Annual vaccination report of Bihar and Orissa - 1911-1928
Year: 1911
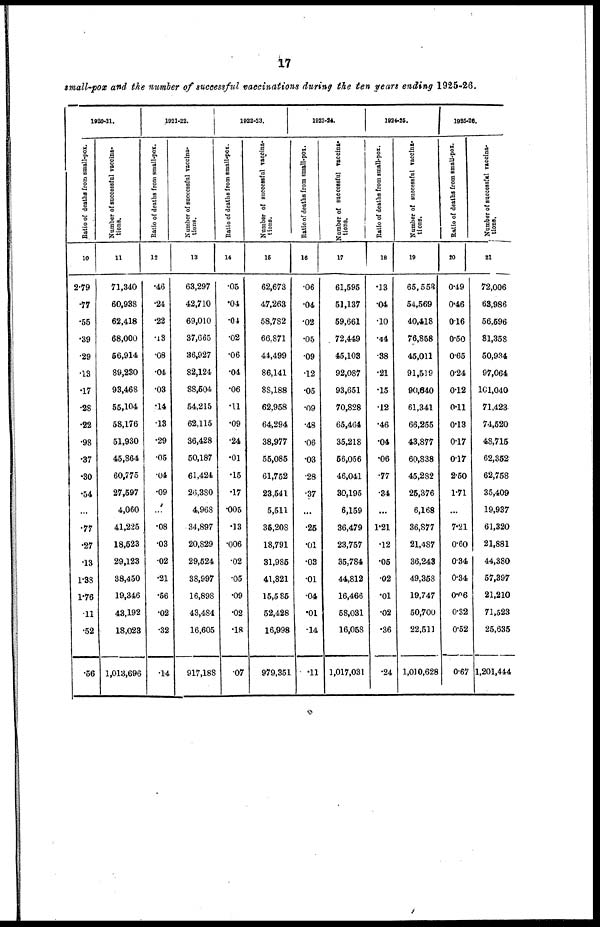
17
small-pox and the number of successful vaccinations during the ten years ending 1925-26.
1920-21.
Ratio of deaths from small-pox.
10
2.79
.77
.55
.39
.29
.13
.17
.28
.22
.98
.37
.30
.64
...
.77
.27
.13
1.38
1.76
.11
.52
.56
Number of successful vaccina-
tions.
11
71,340
60,938
62,418
68,000
56,914
89,230
93,468
55,104
58,176
51,930
45,864
60,775
27,597
4,060
41,225
18,523
29,123
38,450
19,346
43,192
18,023
1,013,696
1921-22.
Ratio of deaths from small-pox.
12
.46
.24
.22
.13
.08
.04
.03
.14
.13
.29
.05
.04
.09
...
.08
.03
.02
.21
.56
.02
.32
.14
Number of successful vaccina-
tions.
13
63,297
42,710
69,010
37,665
36,927
82,124
88,504
54,215
62,115
36,428
50,187
61,424
26,380
4,968
34,897
20,829
29,524
38,997
16,898
43,484
16,605
917,188
1922-23.
Ratio of deaths from small-pox.
14
.05
.04
.04
.02
.06
.04
.06
.11
.09
.24
.01
.15
.17
.005
.13
.006
.02
.05
.09
.02
.18
.07
Number of successful vaccina-
tions.
15
62,673
47,263
58,782
66,871
44,499
86,141
88,188
62,958
64,294
38,977
55,085
61,752
23,541
5,511
36,208
18,791
31,985
41,821
15,585
52,428
16,998
979,351
1923-24.
Ratio of deaths from small-pox.
16
.06
.04
.02
.05
.09
.12
.05
.09
.48
.06
.03
.28
.37
...
.25
.01
.03
.01
.04
.01
.14
.11
Number of successful vaccina-
tions.
17
61,595
51,137
59,661
72,449
45,103
92,087
93,651
70,828
65,464
35,218
56,056
46,041
30,195
6,159
36,479
23,757
35,784
44,812
16,466
58,031
16,058
1,017,031
1924-25.
Ratio of deaths from small-pox.
18
.13
.04
.10
.44
.38
.21
.15
.12
.46
.04
.06
.77
.34
...
1.21
.12
.05
.02
.01
.02
.36
.24
Number of successful vaccina-
tions.
19
65,553
54,569
40,418
76,858
45,011
91,519
90,640
61,341
66,255
43,877
60,838
45,282
25,376
6,168
36,877
21,487
36,243
49,358
19,747
50,700
22,511
1,010,628
1925-26.
Ratio of deaths from small-pox.
20
0.49
0.46
0.16
0.50
0.65
0.24
0.12
0.11
0.13
0.17
0.17
2.50
1.71
...
7.21
0.60
0.34
0.34
0.06
0.32
0.52
0.67
Number of successful vaccina-
tions.
21
72,006
63,986
56,596
81,358
50,934
97,064
101,040
71,423
74,520
48,715
62,352
62,758
35,409
19,937
61,320
21,881
44,380
57,397
21,210
71,523
25,635
1,201,444